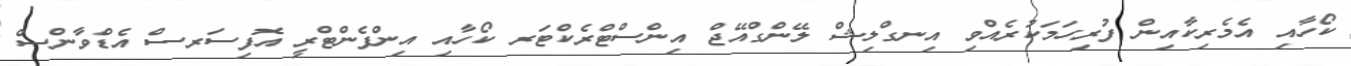
ކޯހާއި އެމެރިކާއިން ފުރިހަމަކުރެއްވި އިނގްލިޝް ލޭންގްއޭޖް އިންސްޓްރެކްޓަރ ކޯހާއި އިންފެންޓްރީ އޮފިސަރސް އެޑްވާންސް